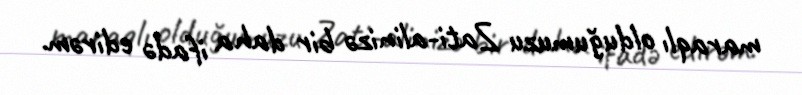
maraqlı olduğumuzu Zati-alinizə bir daha ifadə edirəm.